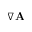
\nabla \mathbf { A }